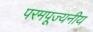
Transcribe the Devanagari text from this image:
परमपूज्‍यनीय